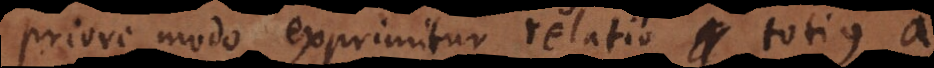
Priore modo exprimitur relatio totius a